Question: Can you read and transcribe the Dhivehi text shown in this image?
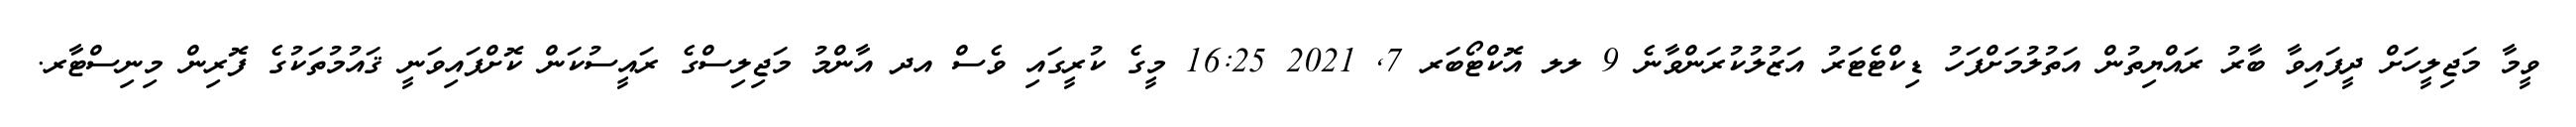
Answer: ވީމާ މަޖިލީހަށް ދީފައިވާ ބާރު ރައްޔިތުން އަތުލުމަށްފަހު ޑިކްޓެޓަރު އަޒުލުކުރަންވާނެ 9 ލލ އޮކްޓޯބަރ 7, 2021 16:25 މީގެ ކުރީގައި ވެސް އދ އާންމު މަޖިލިސްގެ ރައީސުކަން ކޮށްފައިވަނީ ޤައުމުތަކުގެ ފޮރިން މިނިސްޓާރ.